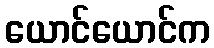
ယောင်ယောင်က